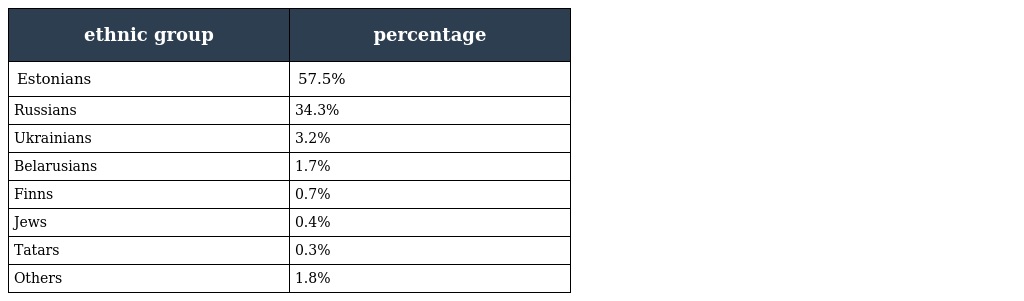
| ethnic group | percentage |
 | --- | --- |
 | Estonians | 57.5% |
 | Russians | 34.3% |
 | Ukrainians | 3.2% |
 | Belarusians | 1.7% |
 | Finns | 0.7% |
 | Jews | 0.4% |
 | Tatars | 0.3% |
 | Others | 1.8% |